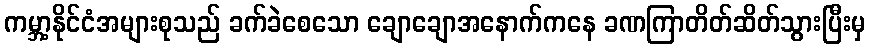
ကမ္ဘာ့နိုင်ငံအများစုသည် ခက်ခဲစေသော ချောချောအနောက်ကနေ ခဏကြာတိတ်ဆိတ်သွားပြီးမှ